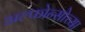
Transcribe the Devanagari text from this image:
अल्फोन्सोच्या